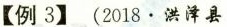
【例3】(2018.洪泽县